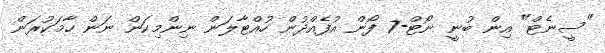
"ސީނެޓް" އިން ބުނީ ނޯޓް-7 ފޯން އުފެއްދުން ހުއްޓާލަން ނިންމިކަން ނަން ހާމަކުރަން